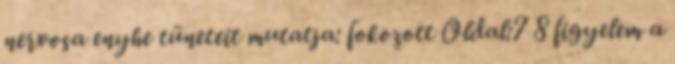
nervosa enyhe tüneteit mutatja: fokozott Oldal:7 8 figyelem a